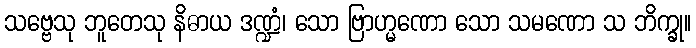
သဗ္ဗေသု ဘူတေသု နိဓာယ ဒဏ္ဍံ၊ သော ဗြာဟ္မဏော သော သမဏော သ ဘိက္ခု။